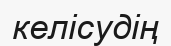
келісудің